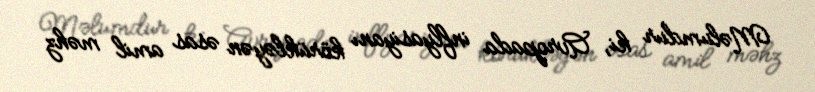
Məlumdur ki, Avropada inflyasiyanı körükləyən əsas amil məhz